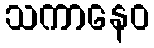
သကာနေဝ